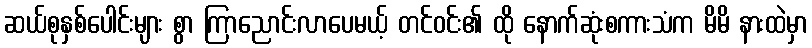
ဆယ်စုနှစ်ပေါင်းများ စွာ ကြာညောင်းလာပေမယ့် တင်ဝင်း၏ ထို နောက်ဆုံးစကားသံက မိမိ နားထဲမှာ